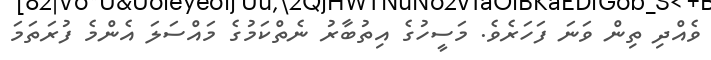
ވެއްދި ތިން ވަނަ ފަހަރެވެ. މަސީހުގެ އިތުބާރު ނެތްކަމުގެ މައްސަލަ އެންމެ ފުރަތަމަ